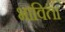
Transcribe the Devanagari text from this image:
भाविता